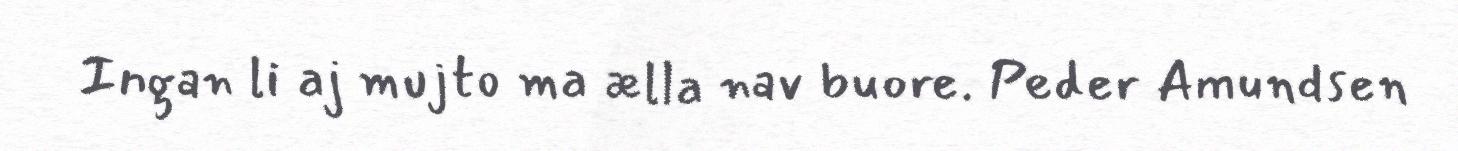
Ingan li aj mujto ma ælla nav buore. Peder Amundsen